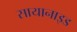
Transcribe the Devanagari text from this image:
सायानाइड